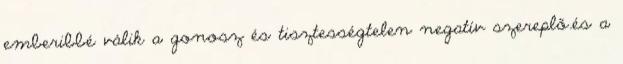
emberibbé válik a gonosz és tisztességtelen negatív szereplő.és a